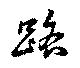
路